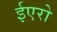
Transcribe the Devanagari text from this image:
ईएरो